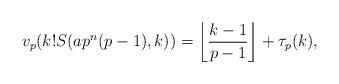
LaTeX: \begin{align*}v_p(k!S(ap^n(p-1),k))=\left\lfloor\frac{k-1}{p-1}\right\rfloor+\tau_p(k),\end{align*}